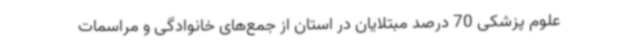
علوم پزشکی 70 درصد مبتلایان در استان از جمع‌های خانوادگی و مراسمات